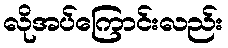
လိုအပ်ကြောင်းလည်း